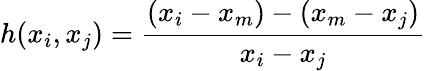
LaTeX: h(x_{i},x_{j})={\frac{(x_{i}-x_{m})-(x_{m}-x_{j})}{x_{i}-x_{j}}}